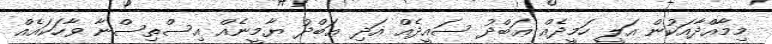
މިމާއްދާއަކުން އަލީ ހަމީދެއް ޢަބްދު ސައީދެއް އަދި ޢަބްދު ޔާމީނެއް އިސްތިސްނާ ވާހަކައެއް